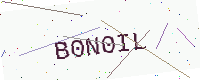
Text: B0N0IL